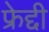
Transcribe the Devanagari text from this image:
फ्रेद्दी